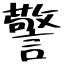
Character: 警